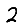
Digit: 2